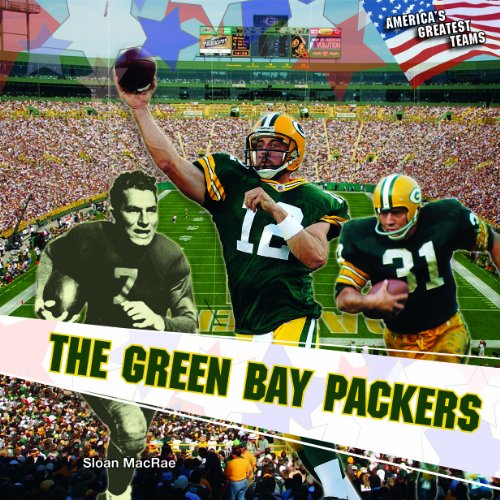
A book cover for The Green Bay Packers (America's Greatest Teams); Sloan MacRae; Children's Books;